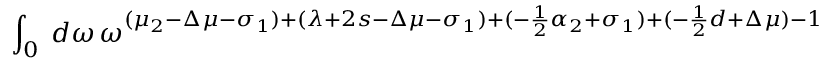
\int _ { 0 } \: d \omega \, \omega ^ { ( \mu _ { 2 } - \Delta \mu - \sigma _ { 1 } ) + ( \lambda + 2 s - \Delta \mu - \sigma _ { 1 } ) + ( - \frac { 1 } { 2 } \alpha _ { 2 } + \sigma _ { 1 } ) + ( - \frac { 1 } { 2 } d + \Delta \mu ) - 1 }